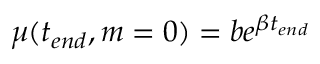
\mu ( t _ { e n d } , m = 0 ) = b e ^ { \beta t _ { e n d } }